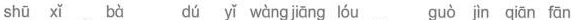
shū xǐ bà dú yǐ wàng jāng lóu guò jìn qiān fān